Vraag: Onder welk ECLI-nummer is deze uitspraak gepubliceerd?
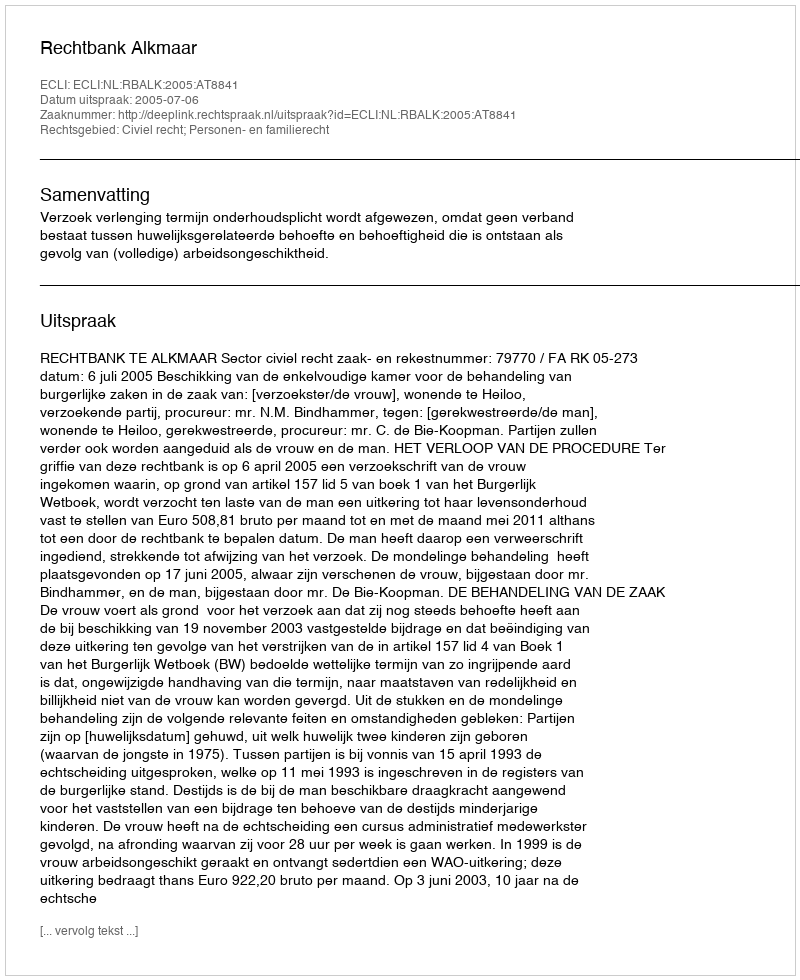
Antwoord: ECLI:NL:RBALK:2005:AT8841